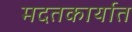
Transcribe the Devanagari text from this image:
मदतकार्यात